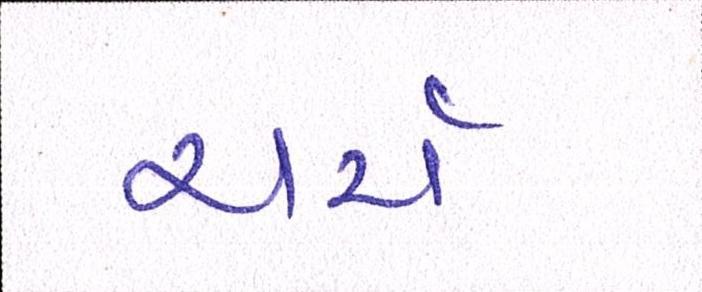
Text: ચર્ચ